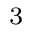
^ 3